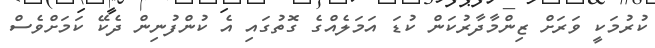
ކުރުމަކީ ވަރަށް ޒިންމާދާރުކަން ކުޑަ އަމަލެއްގެ ގޮތުގައި އެ ކުންފުނިން ދެކޭ ކަމަށްވެސް